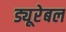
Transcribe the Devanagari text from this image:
ड्यूरेबल